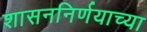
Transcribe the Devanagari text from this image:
शासननिर्णयाच्या